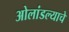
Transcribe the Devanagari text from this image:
ओलांडल्याचे